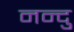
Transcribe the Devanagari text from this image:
नन्दु